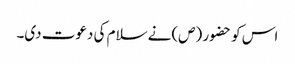
اس کو حضو ر (ص)نے سلام کی دعوت دی۔